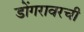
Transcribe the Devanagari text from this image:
डोंगरावरची